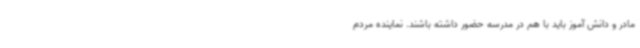
مادر و دانش آموز باید با هم در مدرسه حضور داشته باشند. نماینده مردم